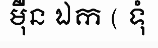
ម៉ឺន ឯក ( ទុំ